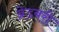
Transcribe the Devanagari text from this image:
ब्रेडबरी